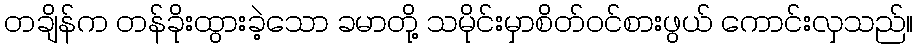
တချိန်က တန်ခိုးထွားခဲ့သော ခမာတို့ သမိုင်းမှာစိတ်ဝင်စားဖွယ် ကောင်းလှသည်။